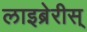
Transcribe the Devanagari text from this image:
लाइब्रेरीस्